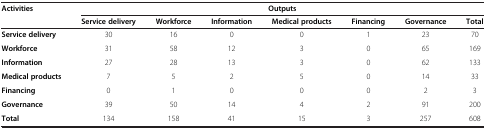
<table><thead><tr><td rowspan="2"><b>Activities</b></td><td colspan="7"><b>Outputs</b></td></tr><tr><td><b>Service delivery</b></td><td><b>Workforce</b></td><td><b>Information</b></td><td><b>Medical products</b></td><td><b>Financing</b></td><td><b>Governance</b></td><td><b>Total</b></td></tr></thead><tbody><tr><td><b>Service delivery</b></td><td>30</td><td>16</td><td>0</td><td>0</td><td>1</td><td>23</td><td>70</td></tr><tr><td><b>Workforce</b></td><td>31</td><td>58</td><td>12</td><td>3</td><td>0</td><td>65</td><td>169</td></tr><tr><td><b>Information</b></td><td>27</td><td>28</td><td>13</td><td>3</td><td>0</td><td>62</td><td>133</td></tr><tr><td><b>Medical products</b></td><td>7</td><td>5</td><td>2</td><td>5</td><td>0</td><td>14</td><td>33</td></tr><tr><td><b>Financing</b></td><td>0</td><td>1</td><td>0</td><td>0</td><td>0</td><td>2</td><td>3</td></tr><tr><td><b>Governance</b></td><td>39</td><td>50</td><td>14</td><td>4</td><td>2</td><td>91</td><td>200</td></tr><tr><td><b>Total</b></td><td>134</td><td>158</td><td>41</td><td>15</td><td>3</td><td>257</td><td>608</td></tr></tbody></table>